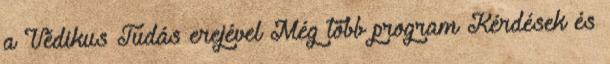
a Védikus Tudás erejével Még több program Kérdések és